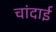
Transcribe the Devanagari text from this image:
चांदाई